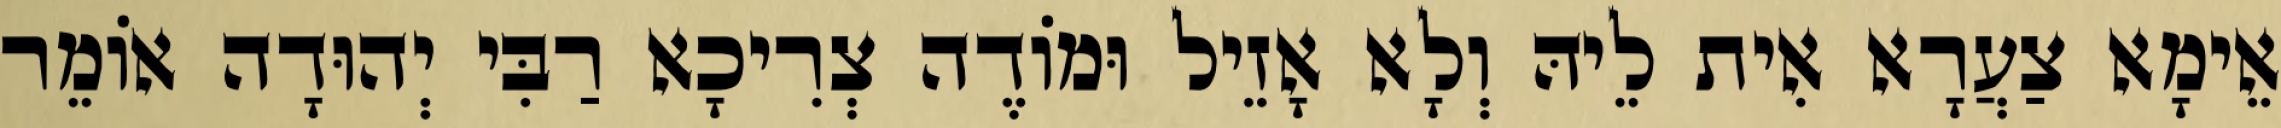
אֵימָא צַעֲרָא אִית לֵיהּ וְלָא אָזֵיל וּמוֹדֶה צְרִיכָא רַבִּי יְהוּדָה אוֹמֵר